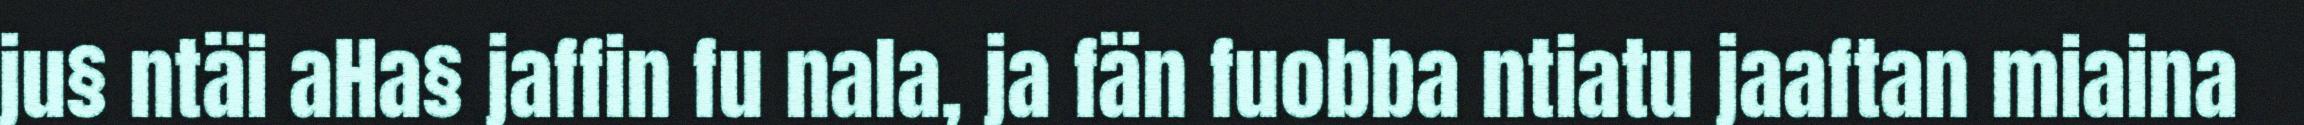
ju§ ntäi aHa§ jaffin fu nala, ja fän fuobba ntiatu jaaftan miaina